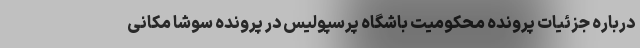
درباره جزئیات پرونده محکومیت باشگاه پرسپولیس در پرونده سوشا مکانی